Voru_kinnistusamet, lk 48
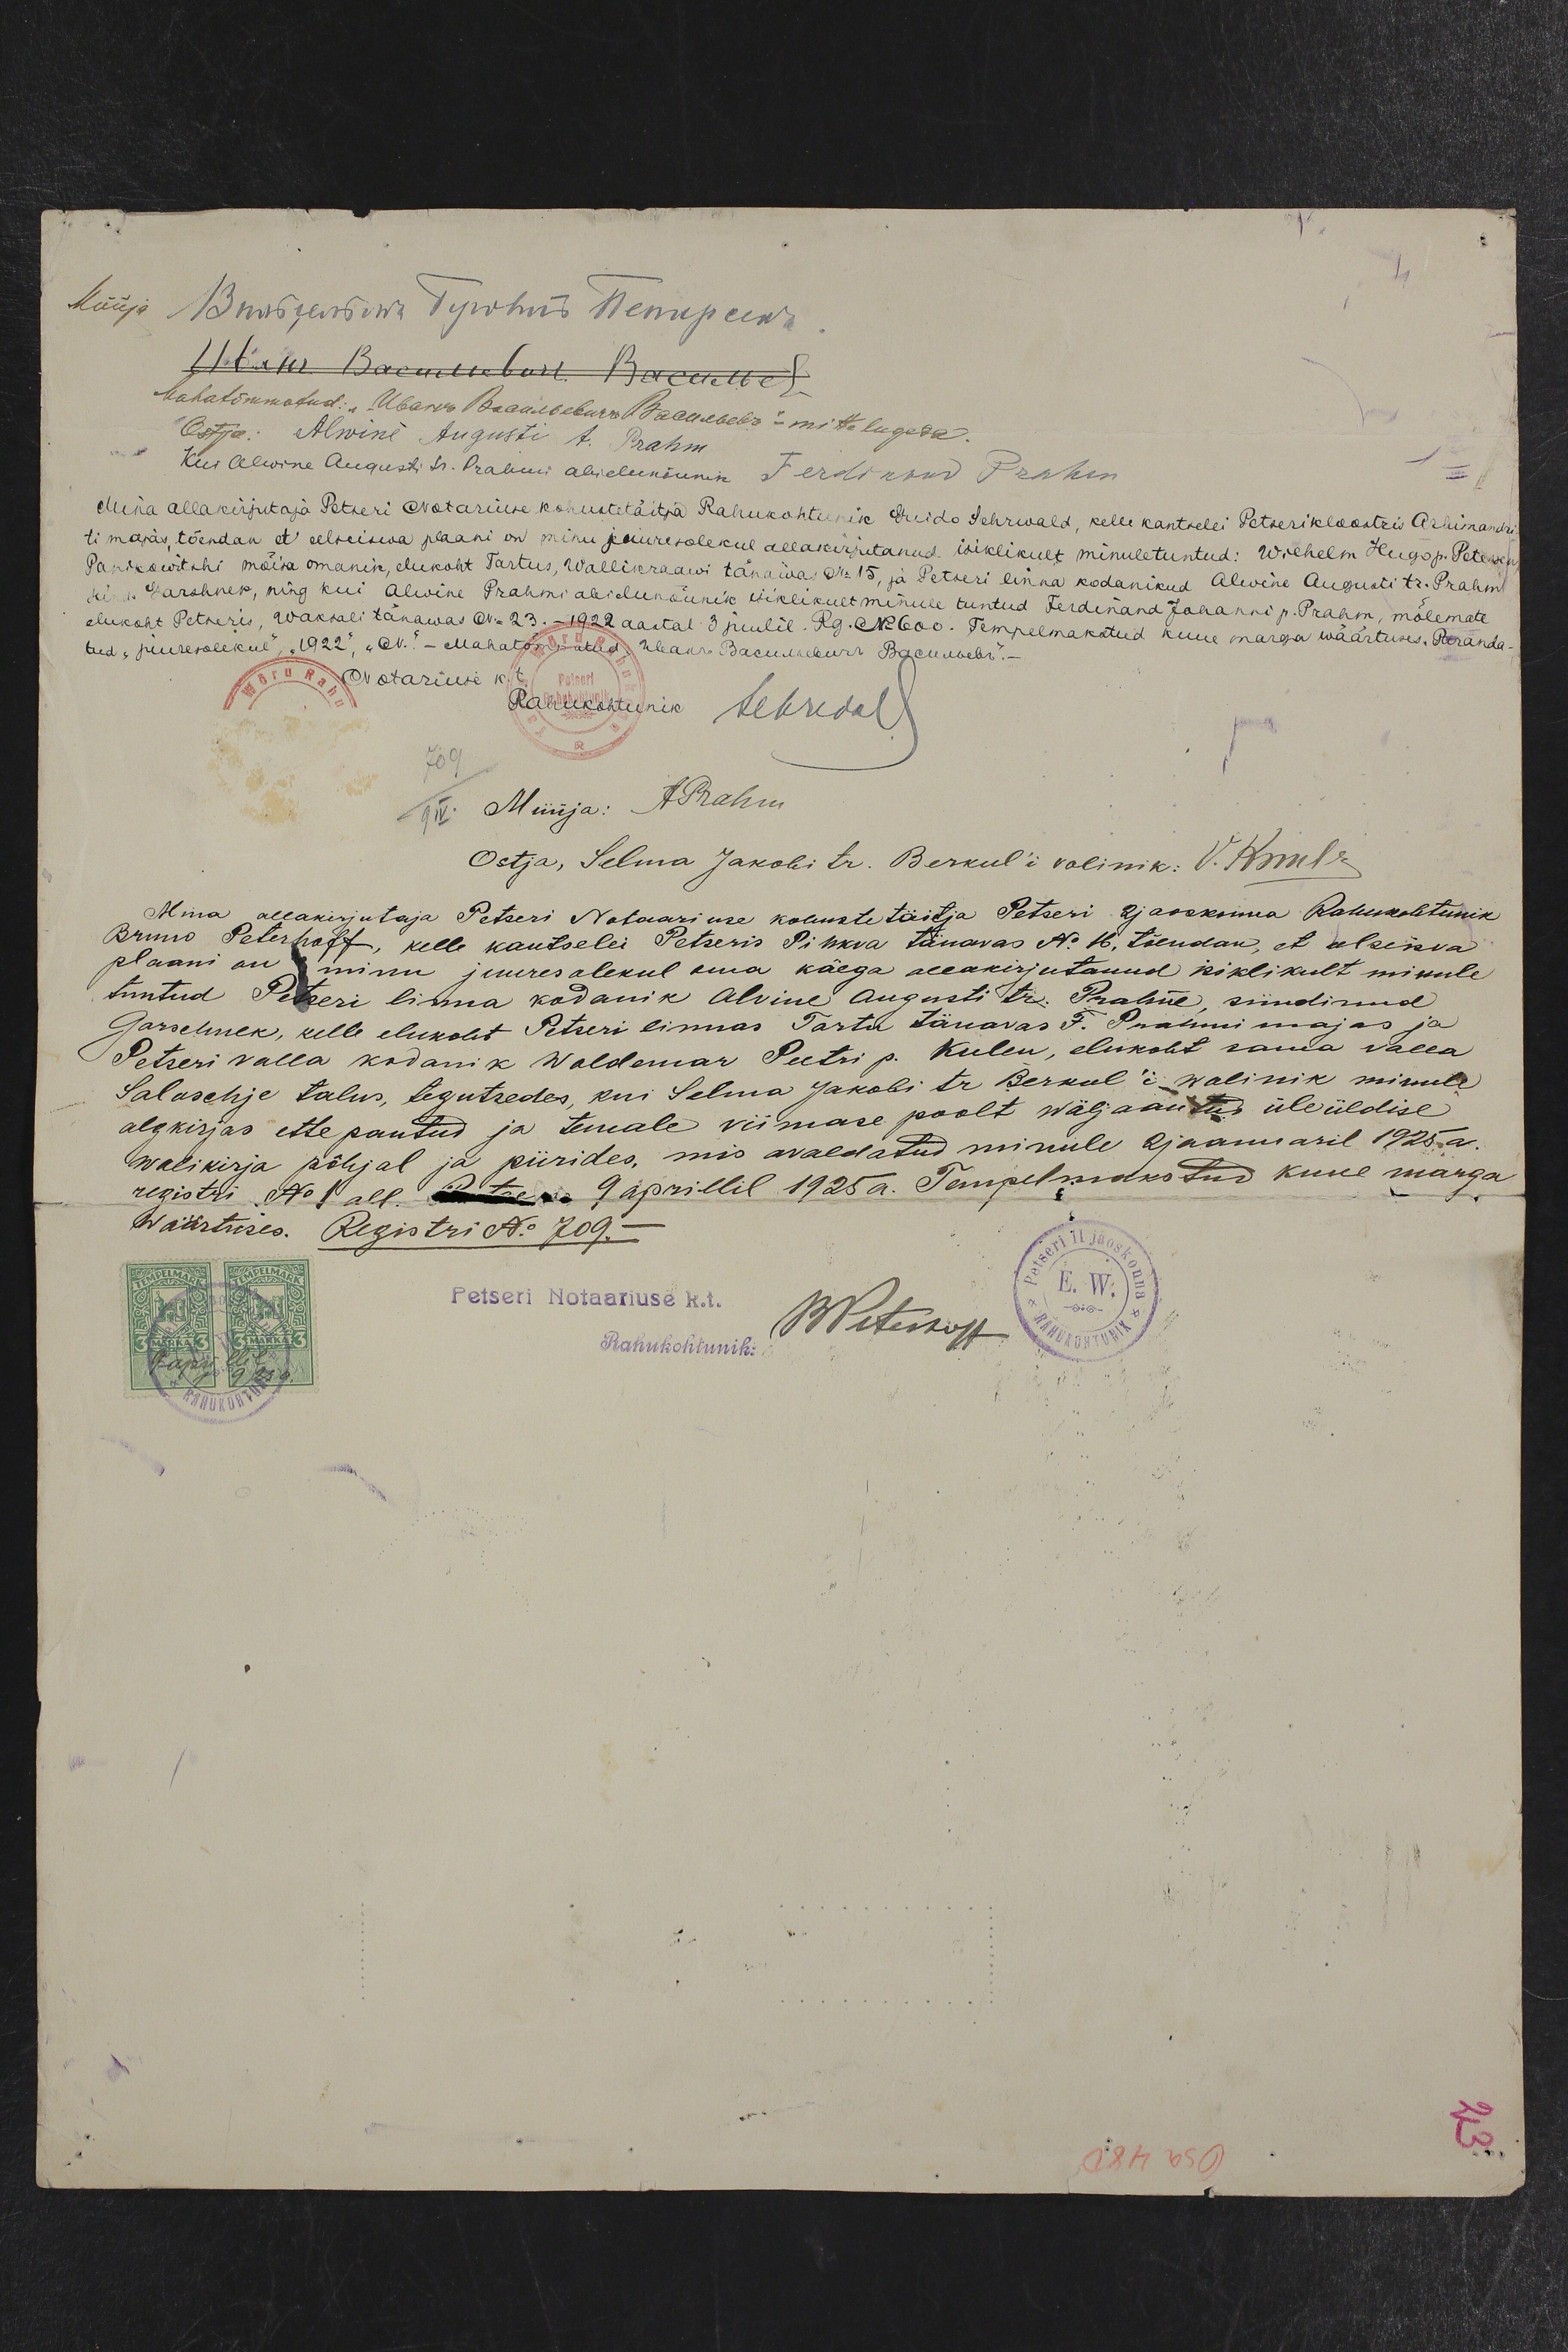
4
Müüja Binsjendowa Бурстия Пепресслъ
Utsar Barmeebust Braaewel
mahatõmmatud: "Мвалхов ваамевевиъ Памлевевъ" - mitte lugeda
Ostja: Alwine Augusti A. Prahm
Kui Alwine Augusti tr. abielunõunik Ferdinand Prahm
Mina allakirjutaja Petseri Notariuse kohusetäitja Rahukohtunik Guido Sehrwald, kelle kantselei Petseri kloostris Arhimandri
ti majas, tõendan et eelseiswa plaani on minu juuresolekul allakirjutanud isiklikult minule tuntud: Wilhelm Hugo p. Petersen
Panikowitshi mõisa omanik, elukoht Tartus, Wallikraawi tänawas No 15, ja Petseri linna kodanikud Alwine Augusti tr. Prahm
sünd. Garshner, ning kui Alwine Prahmi abielunõunik isiklikult minule tuntud Ferdinand Johanni p. Prahm, mõlemate
elukoht Petseris, Waksali tänawas no 23. - 1922 aastal 3 juulil. Rg. No 600. Tempelmakstud kuue marga wäärtuses. Paranda-
tud "juuresolekul", "1922", "No". - Mahatõmmatud "Utsar Barmeebust Braaewel".-
Notariuse k.t.
Rahukohtunik tekredal
Müüja: APrahm
Ostja, Selma Jakobi tr. Berkul'i volinik: V. Kruller
Mina allakirjutaja Petseri Notaariuse kohusetäitja Petseri 2 jaoskonna Rahukohtunik
Bruno Peterhoff, kelle kantselei Petseris Pihkva tänawas No 16, tõendan, et alseisva
plaani on minu juuresolekul oma käega allakirjutanud isiklikult minule
tuntud Petseri linna kodanik Alvine Augusti tr. Prahm, sündinud
Garschnek, kelle elukoht Petseri linnas Tartu tänavas F. Prahmi majas ja
Petseri valla kodanik Waldemar Peetri p. Kulen, elukoht sama valla
Salaschje talus, tegutsedes, kui Selma Jakobi tr. Berkul'i wolinik minule
algkirjas ette pantud ja temale viimase poolt wäljaantud üleüldise
wolikirja põhjal ja piirides, mis avaldatud minule 2 jaanuaril 1925 a.
registri No 1 all Petseris 9 aprillil 1925 a. Tempelmakstud kuue marga
wäärtuses. Registri No 709 -
Petseri Notaariuse k.t.
BPeterhoff
Rahukohtunik: